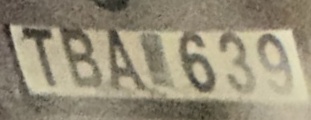
TBA 639